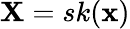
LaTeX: {\mathbf X}=sk({\mathbf x})